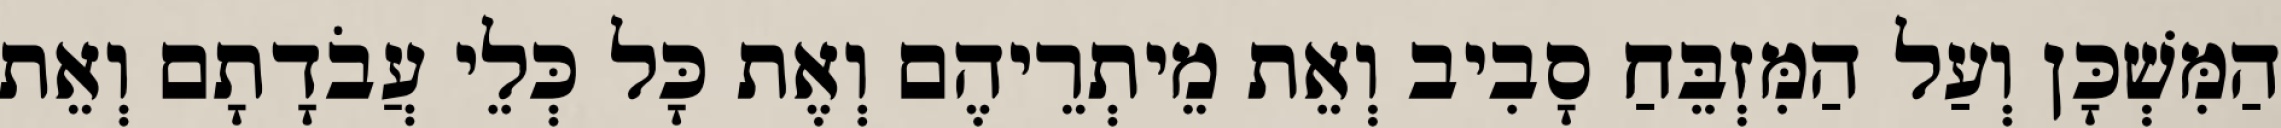
הַמִּשְׁכָּן וְעַל הַמִּזְבֵּחַ סָבִיב וְאֵת מֵיתְרֵיהֶם וְאֶת כָּל כְּלֵי עֲבֹדָתָם וְאֵת